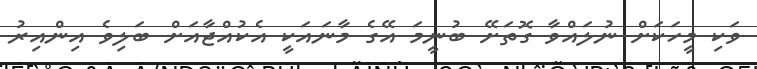
ވަކި މީހަކަށް ނުލައްވާ ގޮތަށޭ ބުނީމަ އޭގެ މާނައަކީ އެކުއްޖާއަށް ބަލިވެ އިންއިރު